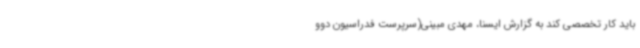
باید کار تخصصی کند به گزارش ایسنا، مهدی مبینی(سرپرست فدراسیون دوو